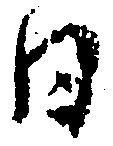
日